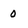
Character: 0